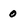
Character: 0